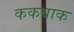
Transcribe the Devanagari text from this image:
ककवाक